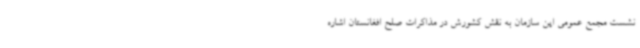
نشست مجمع عمومی این سازمان به نقش کشورش در مذاکرات صلح افغانستان اشاره